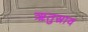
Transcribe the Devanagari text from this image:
ऋतुस्राव